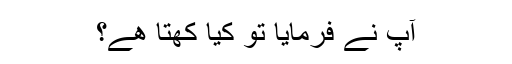
آپ نے فرمایا تو کیا کھتا ھے؟